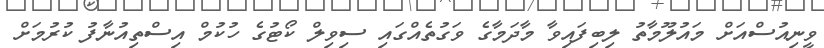
ވީނިއުސްއަށް މައުލޫމާތު ލިބިފައިވާ މާދަމާގެ ވަގުތެއްގައި ސިވިލް ކޯޓުގެ ހުކުމް އިސްތިއުނާފު ކުރުމަށް